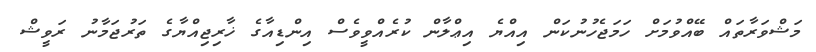
މަޝްވަރާތައް ބޭއްވުމަށް ހަމަޖެހުނުކަން އިއްޔެ އިޢްލާން ކުރެއްވީވެސް އިންޑިއާގެ ޚާރިޖިއްޔާގެ ތަރުޖަމާނު ރަވީޝް